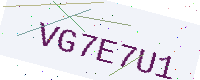
Text: VG7E7U1